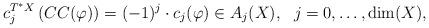
LaTeX: \begin{align*} c_j^{T^*X}\left(CC(\varphi)\right)=(-1)^j \cdot c_j(\varphi) \in A_j(X), \ \ j=0,\ldots, \dim(X),\end{align*}